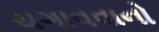
ચગાવવાનો